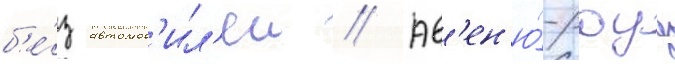
б'е́з автомоб'ил'еи // Ав'ен'ю́-роуд